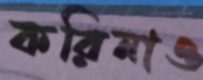
করিনাও